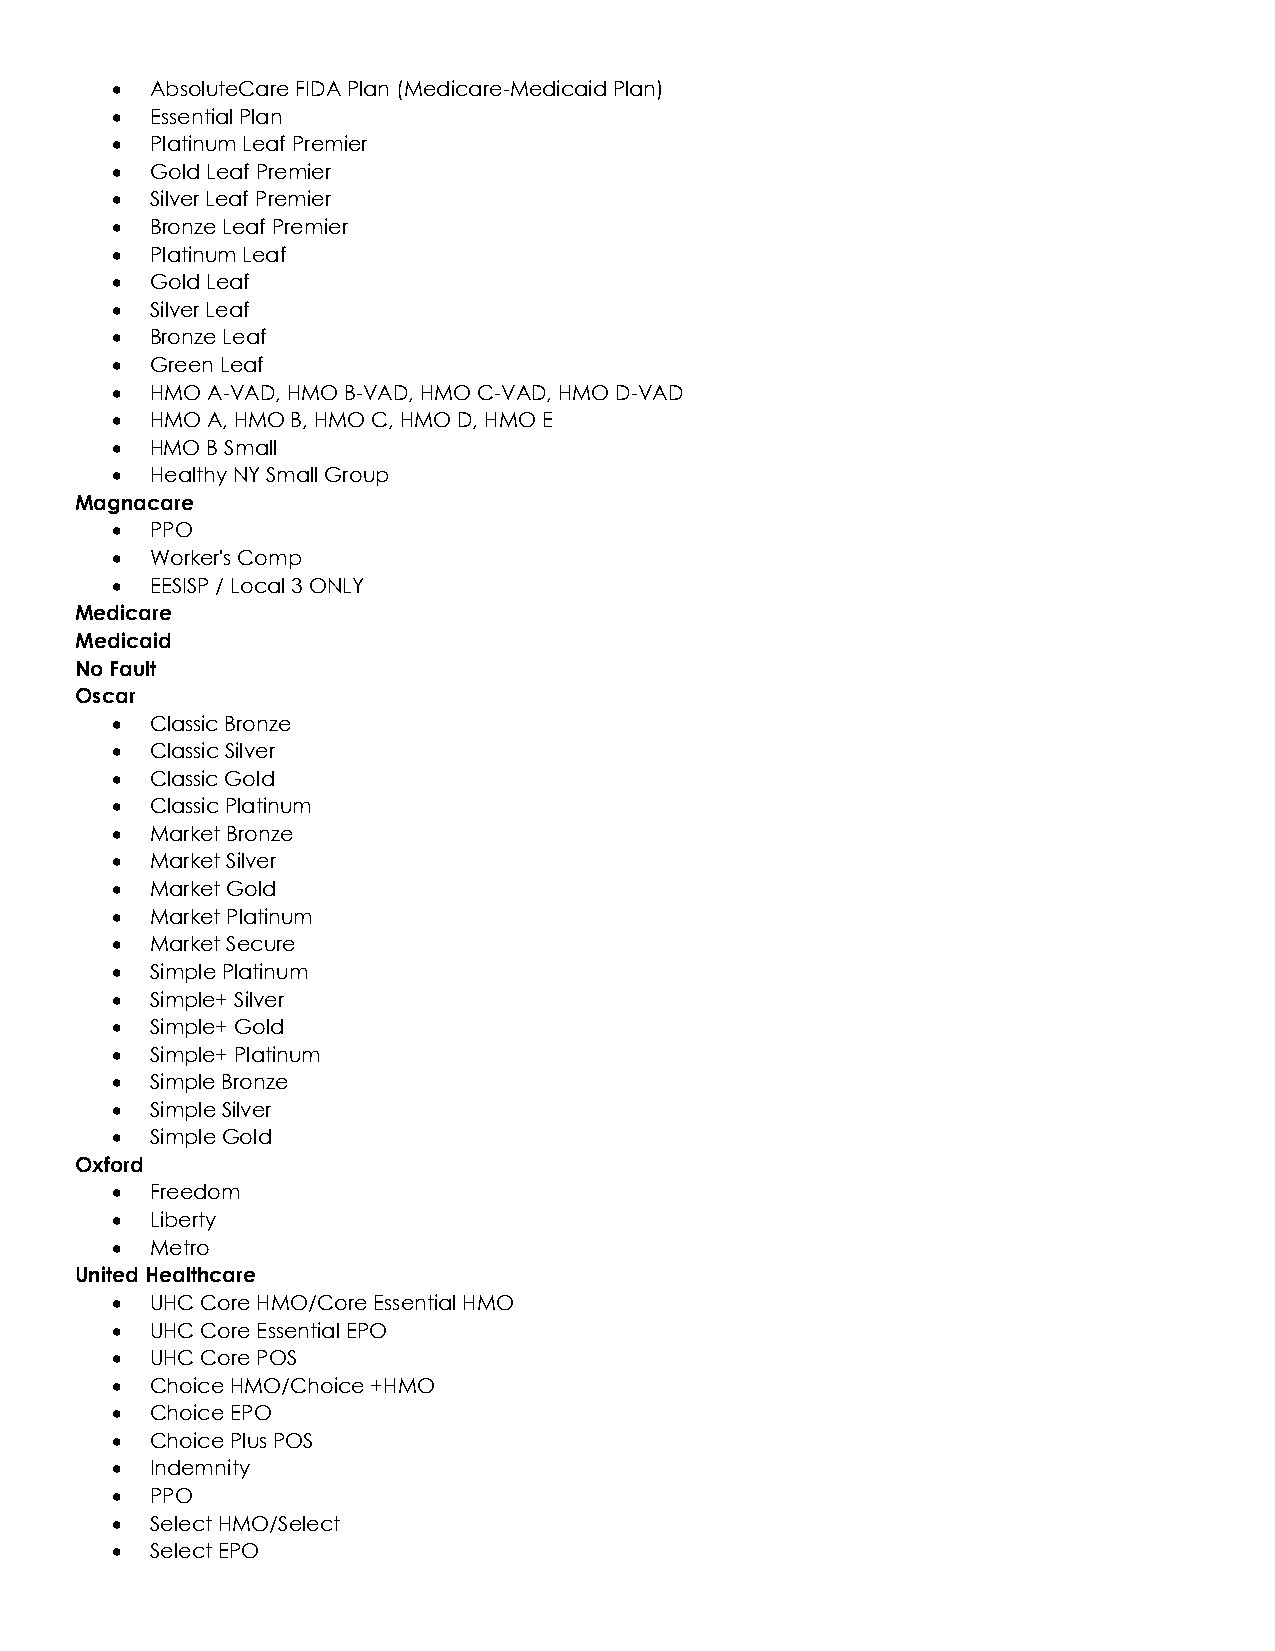
•  AbsoluteCare FIDA Plan (Medicare-Medicaid Plan)
 •  Essential Plan
 •  Platinum Leaf Premier
 •  Gold Leaf Premier
 •  Silver Leaf Premier
 •  Bronze Leaf Premier
 •  Platinum Leaf
 •  Gold Leaf
 •  Silver Leaf
 •  Bronze Leaf
 •  Green Leaf
 •  HMO A-VAD, HMO B-VAD, HMO C-VAD, HMO D-VAD
 •  HMO A, HMO B, HMO C, HMO D, HMO E
 •  HMO B Small
 •  Healthy NY Small Group
 Magnacare
 •  PPO
 •  Worker's Comp
 •  EESISP / Local 3 ONLY
 Medicare
 Medicaid
 No Fault
 Oscar
 •  Classic Bronze
 •  Classic Silver
 •  Classic Gold
 •  Classic Platinum
 •  Market Bronze
 •  Market Silver
 •  Market Gold
 •  Market Platinum
 •  Market Secure
 •  Simple Platinum
 •  Simple+ Silver
 •  Simple+ Gold
 •  Simple+ Platinum
 •  Simple Bronze
 •  Simple Silver
 •  Simple Gold
 Oxford
 •  Freedom
 •  Liberty
 •  Metro
 United Healthcare
 •  UHC Core HMO/Core Essential HMO
 •  UHC Core Essential EPO
 •  UHC Core POS
 •  Choice HMO/Choice +HMO
 •  Choice EPO
 •  Choice Plus POS
 •  Indemnity
 •  PPO
 •  Select HMO/Select
 •  Select EPO